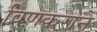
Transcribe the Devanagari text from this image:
विणकराने